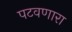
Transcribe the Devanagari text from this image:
पटवणारा